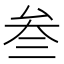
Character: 叁